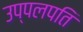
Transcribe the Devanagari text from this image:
उप्पलपति